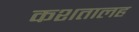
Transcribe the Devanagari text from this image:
कशतालह